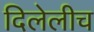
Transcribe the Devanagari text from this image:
दिलेलीच